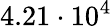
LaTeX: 4.21\cdot 10^{4}